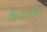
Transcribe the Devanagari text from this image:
कैंसरजनित